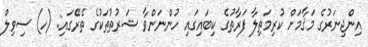
އިންޖިނަރުގެ މަޤާމަށް ކުރިމަތިލާ ފަރާތުގެ ކިބައިގައި ހުންނަންވާ ޝަރުތުތަކުގެ ތެރޭގައި: (ހ) ސިވިލް